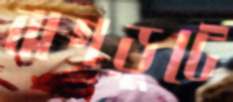
ঝগড়ুটে